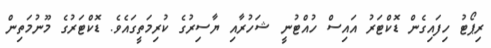
ރިޕޯޓު ހިފައިގެން ޑޮކްޓަރު އައިސް ހުއްޓުނީ ޝަހުރާއި ޔާސިރުގެ ކުރިމަތީގައެވެ. ޑޮކްޓަރުގެ މޫނުމަތިން